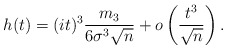
\begin{align*}h(t) = (it)^3 \frac{m_3}{6 \sigma^3 \sqrt{n}} + o \left( \frac{t^3}{\sqrt{n}} \right). \end{align*}